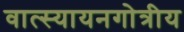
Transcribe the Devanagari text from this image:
वात्स्यायनगोत्रीय